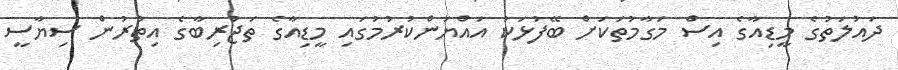
ދައުލަތުގެ މީޑިއާގެ އިސް މަގާމުތަކަށް ބޭފުޅަކު އައްޔަންކުރުމުގައި މީޑިއާގެ ތަޖުރިބާގެ އިތުރުން ސިޔާސީ